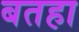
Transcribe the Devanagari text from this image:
बतहा